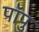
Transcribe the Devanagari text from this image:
पॉपु